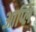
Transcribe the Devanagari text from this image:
आप्लि